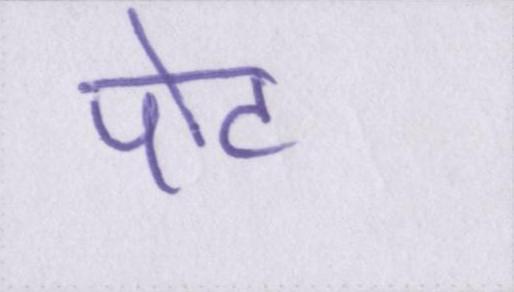
पोट